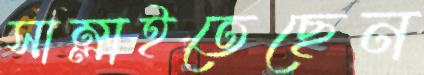
সাম্‌লাইতেছেন